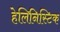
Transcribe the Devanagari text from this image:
हेलिनिस्टिक